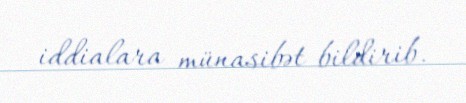
iddialara münasibət bildirib.